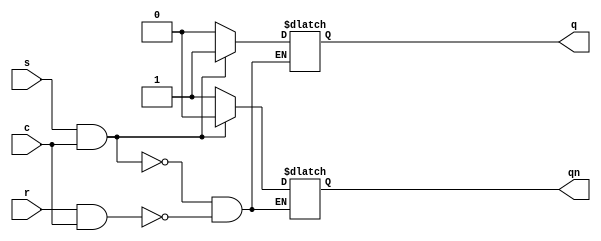
`timescale 1ns / 1ps

module SR_Latch(s,r,c,q,qn);
    input s,r,c;
    output reg q,qn; //as a register for data stored 
    
    always @ (s,r,c)
    if (s&c) {q,qn}<=2'b10;
    else if (r&c)  {q,qn}<=2'b01;
endmodule